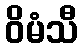
ဝိမံသီ